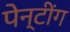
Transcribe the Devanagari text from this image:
पेन्टींग